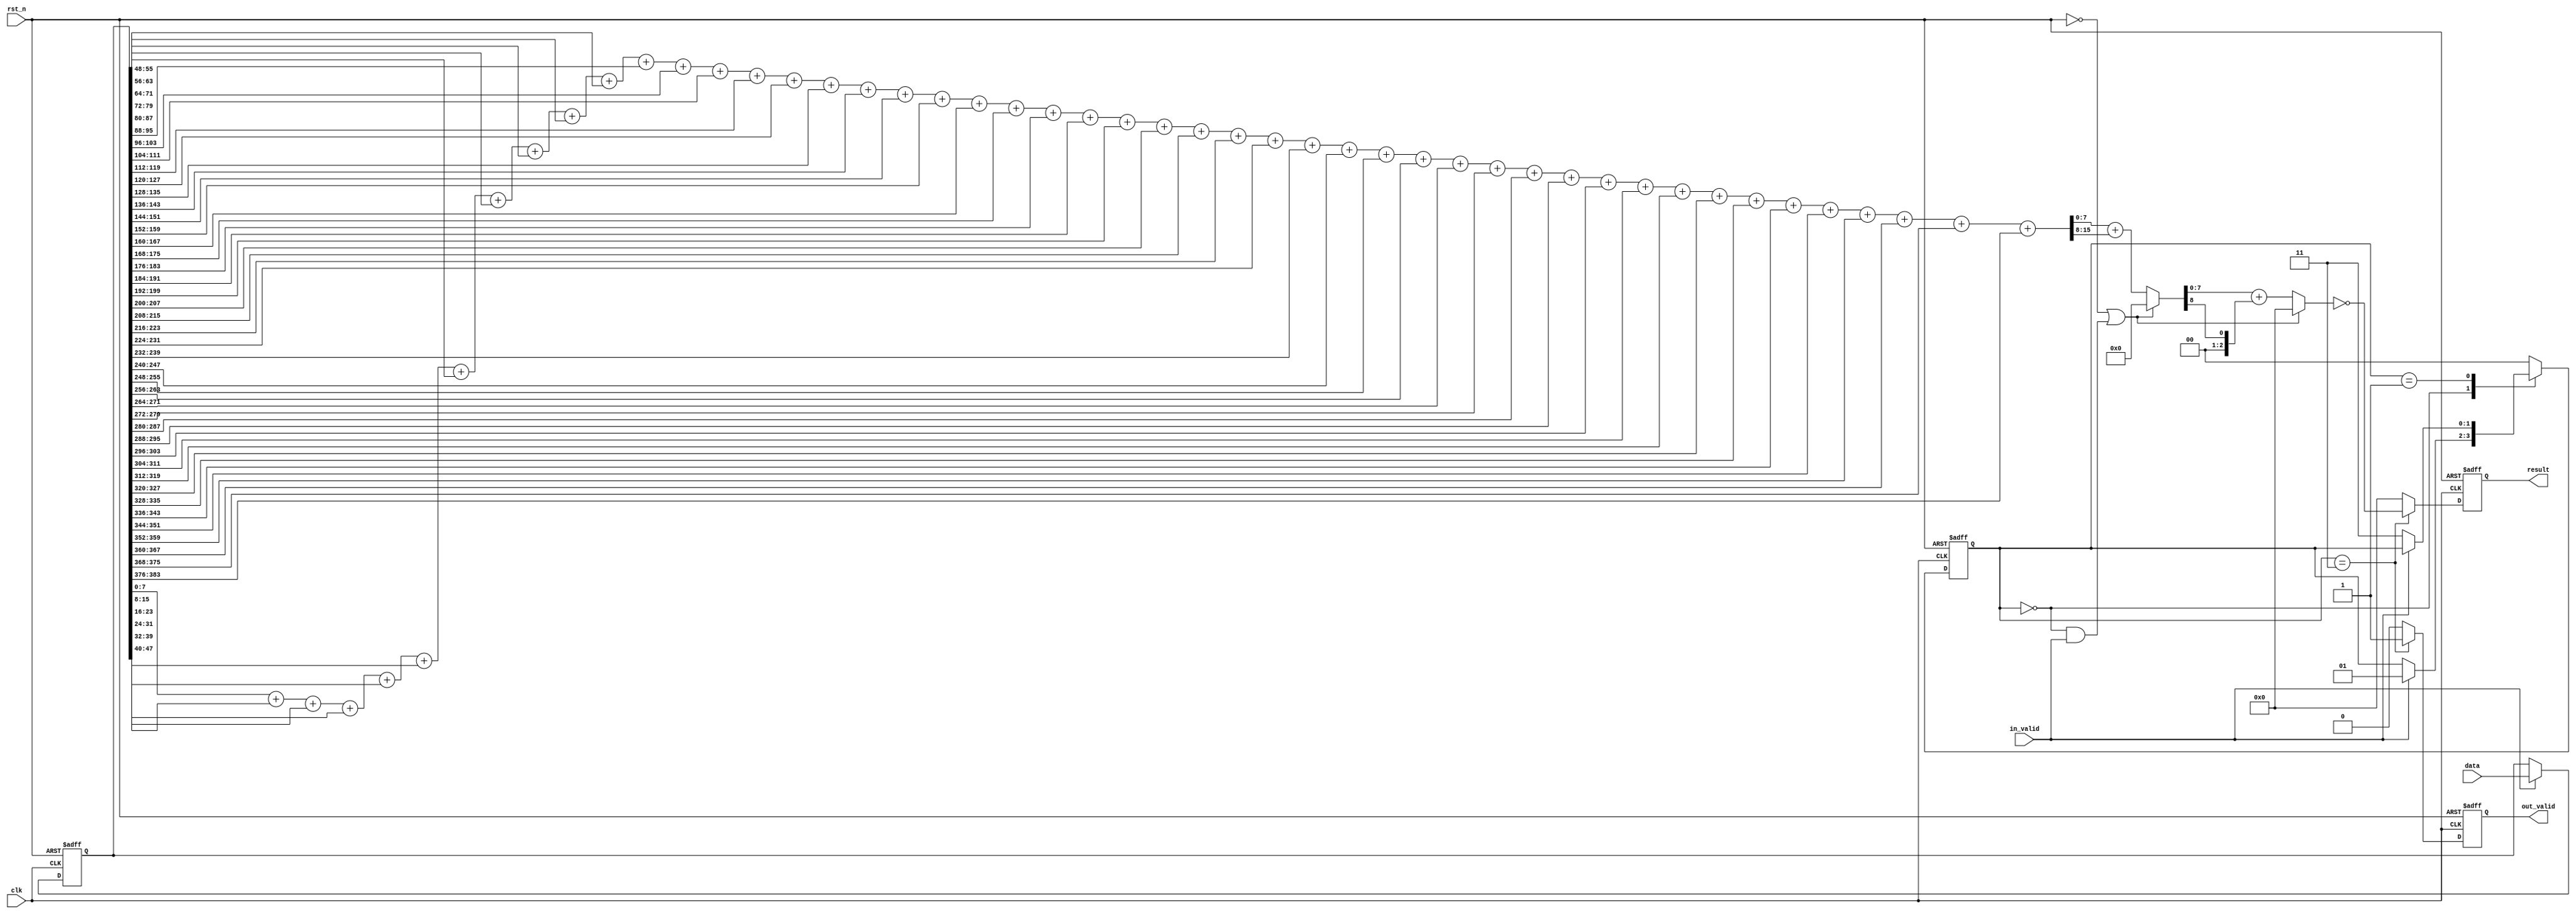
module CS_IP
#(parameter WIDTH_DATA = 384, parameter WIDTH_RESULT = 8)
(
    data,
    in_valid,
    clk,
    rst_n,
    result,
    out_valid
);
/*---------------------------------------------*/
//              INPUT AND OUT               //
/*---------------------------------------------*/
input [(WIDTH_DATA-1):0] data;
input in_valid, clk, rst_n;
output reg [(WIDTH_RESULT-1):0] result;
output reg out_valid;
/*---------------------------------------------*/
//             REG  DECLARATION          //
/*---------------------------------------------*/
reg [(WIDTH_DATA-1):0] data_in;
wire [(WIDTH_RESULT + 7):0] sum [(WIDTH_DATA/WIDTH_RESULT - 1) : 0];
reg [(WIDTH_RESULT + 2):0] check1 [7:0];
reg [(WIDTH_RESULT    ):0] check2 [2:0];
reg [(WIDTH_RESULT    ):0] check3 ;
reg [(WIDTH_RESULT - 1):0] check4 ;
reg [1:0]state,nextstate;
localparam IDLE=2'd0,IN=2'd1,CAL=2'd2,OUT=2'd3;
/*----------------------------------------------*/
//                IN ALGORATJM               //
/*---------------------------------------------*/
always @(posedge clk or negedge rst_n) begin
    if(!rst_n) begin
        data_in <= 0;
    end
    else if(in_valid) begin
        data_in <= data;
    end
    else begin
        data_in <= data_in;
    end
end
/*----------------------------------------------*/
//               CAL ALGORATJM             //
/*---------------------------------------------*/
genvar i,j,k;
generate
    for(i = 0; i < (WIDTH_DATA/WIDTH_RESULT); i = i + 1) begin: LOOP1
        assign sum[i] = (i == 0) ? data_in[WIDTH_RESULT - 1:0]:sum[i-1] + data_in[((i+1)*WIDTH_RESULT - 1):(i*WIDTH_RESULT)];
    end
    for(j = 0; j < 8; j = j + 1) begin: LOOP2
        always @(*) begin
            if(!rst_n || (state == IDLE && in_valid == 1)) begin
                check1[j] = 0;
            end
            else begin
                if(j == 0) begin
                    if(WIDTH_RESULT < 8) begin
                        check1[j] = sum[(WIDTH_DATA/WIDTH_RESULT - 1)][WIDTH_RESULT - 1:0] + sum[(WIDTH_DATA/WIDTH_RESULT - 1)][2*WIDTH_RESULT - 1:WIDTH_RESULT];
                    end
                    else begin
                        check1[j] = sum[(WIDTH_DATA/WIDTH_RESULT - 1)][WIDTH_RESULT - 1:0] + sum[(WIDTH_DATA/WIDTH_RESULT - 1)][WIDTH_RESULT + 7:WIDTH_RESULT];
                    end
                end
                else begin
                    if(WIDTH_RESULT < 8) begin
                        if(j < (8/WIDTH_RESULT)) begin 
                            check1[j] = check1[j-1] + sum[(WIDTH_DATA/WIDTH_RESULT - 1)][((j + 2) * WIDTH_RESULT - 1):((j + 1)*WIDTH_RESULT)];
                        end
                        else begin
                            check1[j] = check1[j-1] ;
                        end
                    end
                    else begin
                        check1[j] = check1[j-1] ;
                    end
                end
            end
        end
    end
    for(k = 0; k < 3; k = k + 1) begin: LOOP3
        always @(*) begin
            if(!rst_n || (state == IDLE && in_valid == 1)) begin
                check2[k] = 0;
            end
            else begin
                if(k == 0) begin
                    if(WIDTH_RESULT < 4) begin
                        check2[k] = check1[7][(WIDTH_RESULT - 1):0] + check1[7][(2*WIDTH_RESULT - 1):WIDTH_RESULT];
                    end
                    else begin
                        check2[k] = check1[7][(WIDTH_RESULT - 1):0] + check1[7][(WIDTH_RESULT + 2):WIDTH_RESULT];
                    end
                    
                end
                else begin
                    if(WIDTH_RESULT < 4) begin
                        if(k < (4/WIDTH_RESULT)) begin
                            check2[k] = check2[k-1] + check1[7][(k + 1)* WIDTH_RESULT];
                        end
                        else begin
                            check2[k] = check2[k-1] ;
                        end
                    end
                    else begin
                        check2[k] = check2[k-1] ;
                    end
                end
            end
        end
    end
endgenerate
always @(*) begin
    if(!rst_n || (state == IDLE && in_valid == 1)) begin
        check3 = 0;
    end
    else begin
        if(WIDTH_RESULT < 4) begin
            check3 = check2[2][WIDTH_RESULT - 1:0] + check2[2][WIDTH_RESULT];
        end
        else begin
            check3 = check2[2];
        end
    end
end

always @(*) begin
    if(!rst_n || (state == IDLE && in_valid == 1)) begin
        check4 = 0;
    end
    else begin
        if(WIDTH_RESULT < 2) begin
            check4 = check3[WIDTH_RESULT - 1:0] + check3[WIDTH_RESULT];
        end
        else begin
            check4 = check3[WIDTH_RESULT - 1:0];
        end
    end
end
/*----------------------------------------------*/
//               OUT ALGORATJM             //
/*---------------------------------------------*/
always @(posedge clk or negedge rst_n) begin
    if(!rst_n) begin
        result <= 0;
    end
    else if(state == OUT) begin
        result <= ~check4;
    end
    else begin
        result <= 0;
    end
end
always @(posedge clk or negedge rst_n) begin
    if(!rst_n) begin
        out_valid <= 0;
    end
    else if(state == OUT) begin
        out_valid <= 1;
    end
    else begin
        out_valid <= 0;
    end
end

/*----------------------------------------------*/
//               FSM ALGORATJM             //
/*---------------------------------------------*/
always @(posedge clk or negedge rst_n) begin
    if(!rst_n) begin
        state <= IDLE;
    end
    else begin
        state <= nextstate;
    end
end

always @(*) begin
    case(state)
        IDLE:begin
                if(in_valid)    nextstate = IN;
                else            nextstate = state;
             end
        IN:begin
                if(!in_valid)   nextstate = OUT;
                else            nextstate = state;
             end
//        CAL:begin
//                nextstate = OUT;
//             end
        OUT:begin
                nextstate = IDLE;
             end
        default:nextstate = IDLE;
    endcase
end
endmodule